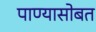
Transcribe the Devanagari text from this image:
पाण्‍यासोबत